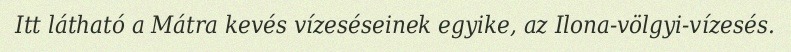
Itt látható a Mátra kevés vízeséseinek egyike, az Ilona-völgyi-vízesés.